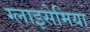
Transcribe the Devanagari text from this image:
ग्लाइसेमिया